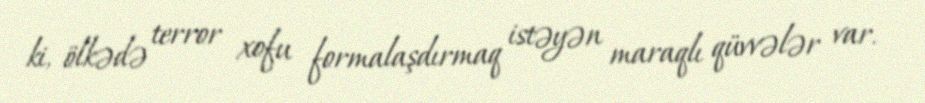
ki, ölkədə terror xofu formalaşdırmaq istəyən maraqlı qüvvələr var.